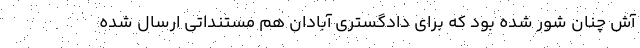
آش چنان شور شده بود که برای دادگستری آبادان هم مستنداتی ارسال شده